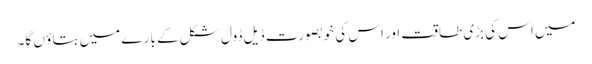
میں اس کی بڑی طاقت اور اس کی خوبصو رت ڈیل ڈول شکل کے با رے میں بتا ؤ ں گا۔